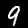
Label: 9